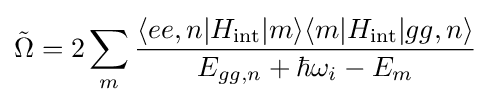
{\tilde {\Omega }}=2\sum _{m}{\frac {\langle ee,n|H_{\rm {int}}|m\rangle \langle m|H_{\rm {int}}|gg,n\rangle }{E_{gg,n}+\hbar \omega _{i}-E_{m}}}